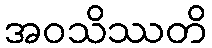
အဝသိဿတိ